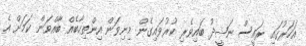
އަހަރުގައި ރައީސް ނަޝީދު ބައިވެރި ކުރުވައިގެން މިނިވަން އިންތިހާބެއް ބާއްވަން ކަމަށް އެ